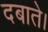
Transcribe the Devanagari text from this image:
दबाते।